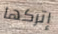
إتركها